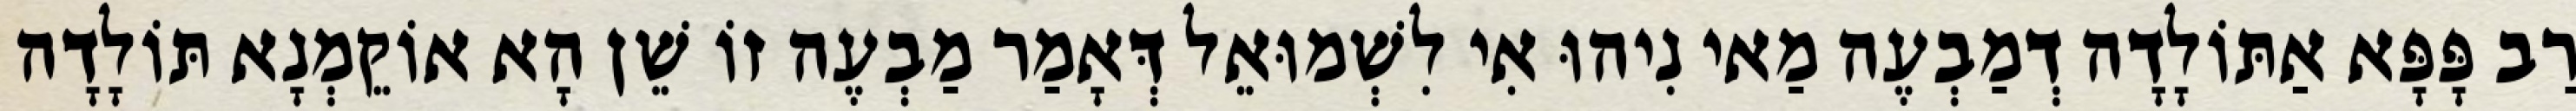
רַב פָּפָּא אַתּוֹלָדָה דְמַבְעֶה מַאי נִיהוּ אִי לִשְׁמוּאֵל דְּאָמַר מַבְעֶה זוֹ שֵׁן הָא אוֹקֵמְנָא תּוֹלָדָה